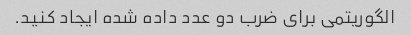
الگوریتمی برای ضرب دو عدد داده شده ایجاد کنید.